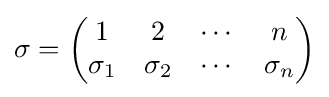
\sigma ={\begin{pmatrix}1&2&\cdots &n\\\sigma _{1}&\sigma _{2}&\cdots &\sigma _{n}\end{pmatrix}}